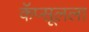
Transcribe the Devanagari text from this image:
कॅप्सूलला